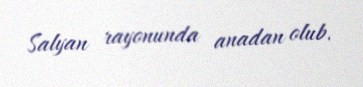
Salyan rayonunda anadan olub.